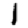
Digit: 1